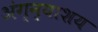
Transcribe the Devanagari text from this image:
अंग्न्याशय